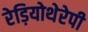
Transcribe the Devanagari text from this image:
रेड़ियोथेरेपी